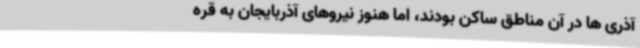
آذری ها در آن مناطق ساکن بودند، اما هنوز نیروهای آذربایجان به قره